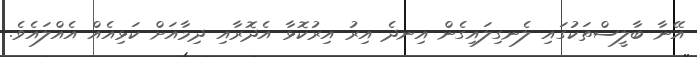
އޭނާ ބާލީސްތަކުގައި ލެނގިލައިގެން އިނދެ އިރު އިރުކޮޅާ އެދޮރާއި ދިމާއަށް ކަޅިއެއް އެއްލައެވެ.